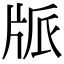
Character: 𤖼